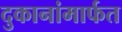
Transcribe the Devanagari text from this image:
दुकानांमार्फत